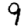
Digit: 9